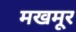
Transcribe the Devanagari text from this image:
मखमूर